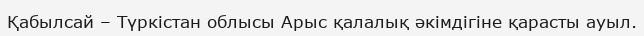
Қабылсай – Түркістан облысы Арыс қалалық әкімдігіне қарасты ауыл.